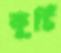
কুর্চি